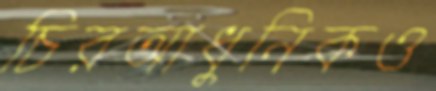
চিরআধুনিকও